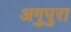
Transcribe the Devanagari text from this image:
अगुपुरा